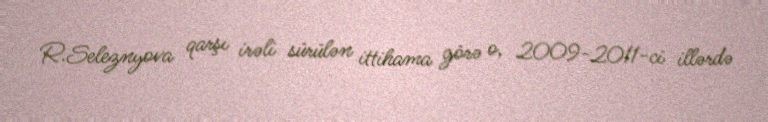
R.Seleznyova qarşı irəli sürülən ittihama görə o, 2009-2011-ci illərdə